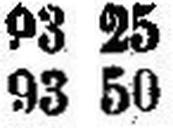
93 50